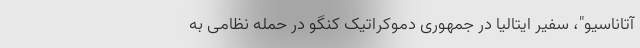
آتاناسیو"، سفیر ایتالیا در جمهوری دموکراتیک کنگو در حمله نظامی به